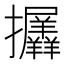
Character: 𢺟